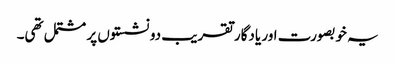
یہ خوبصورت اور یادگار تقریب دو نشستوں پر مشتمل تھی۔